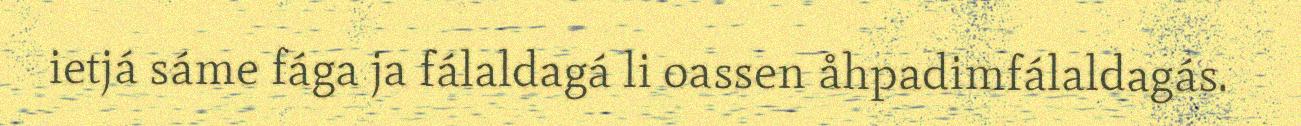
ietjá sáme fága ja fálaldagá li oassen åhpadimfálaldagás.